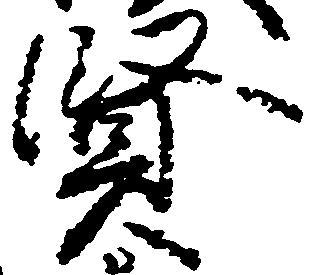
賢